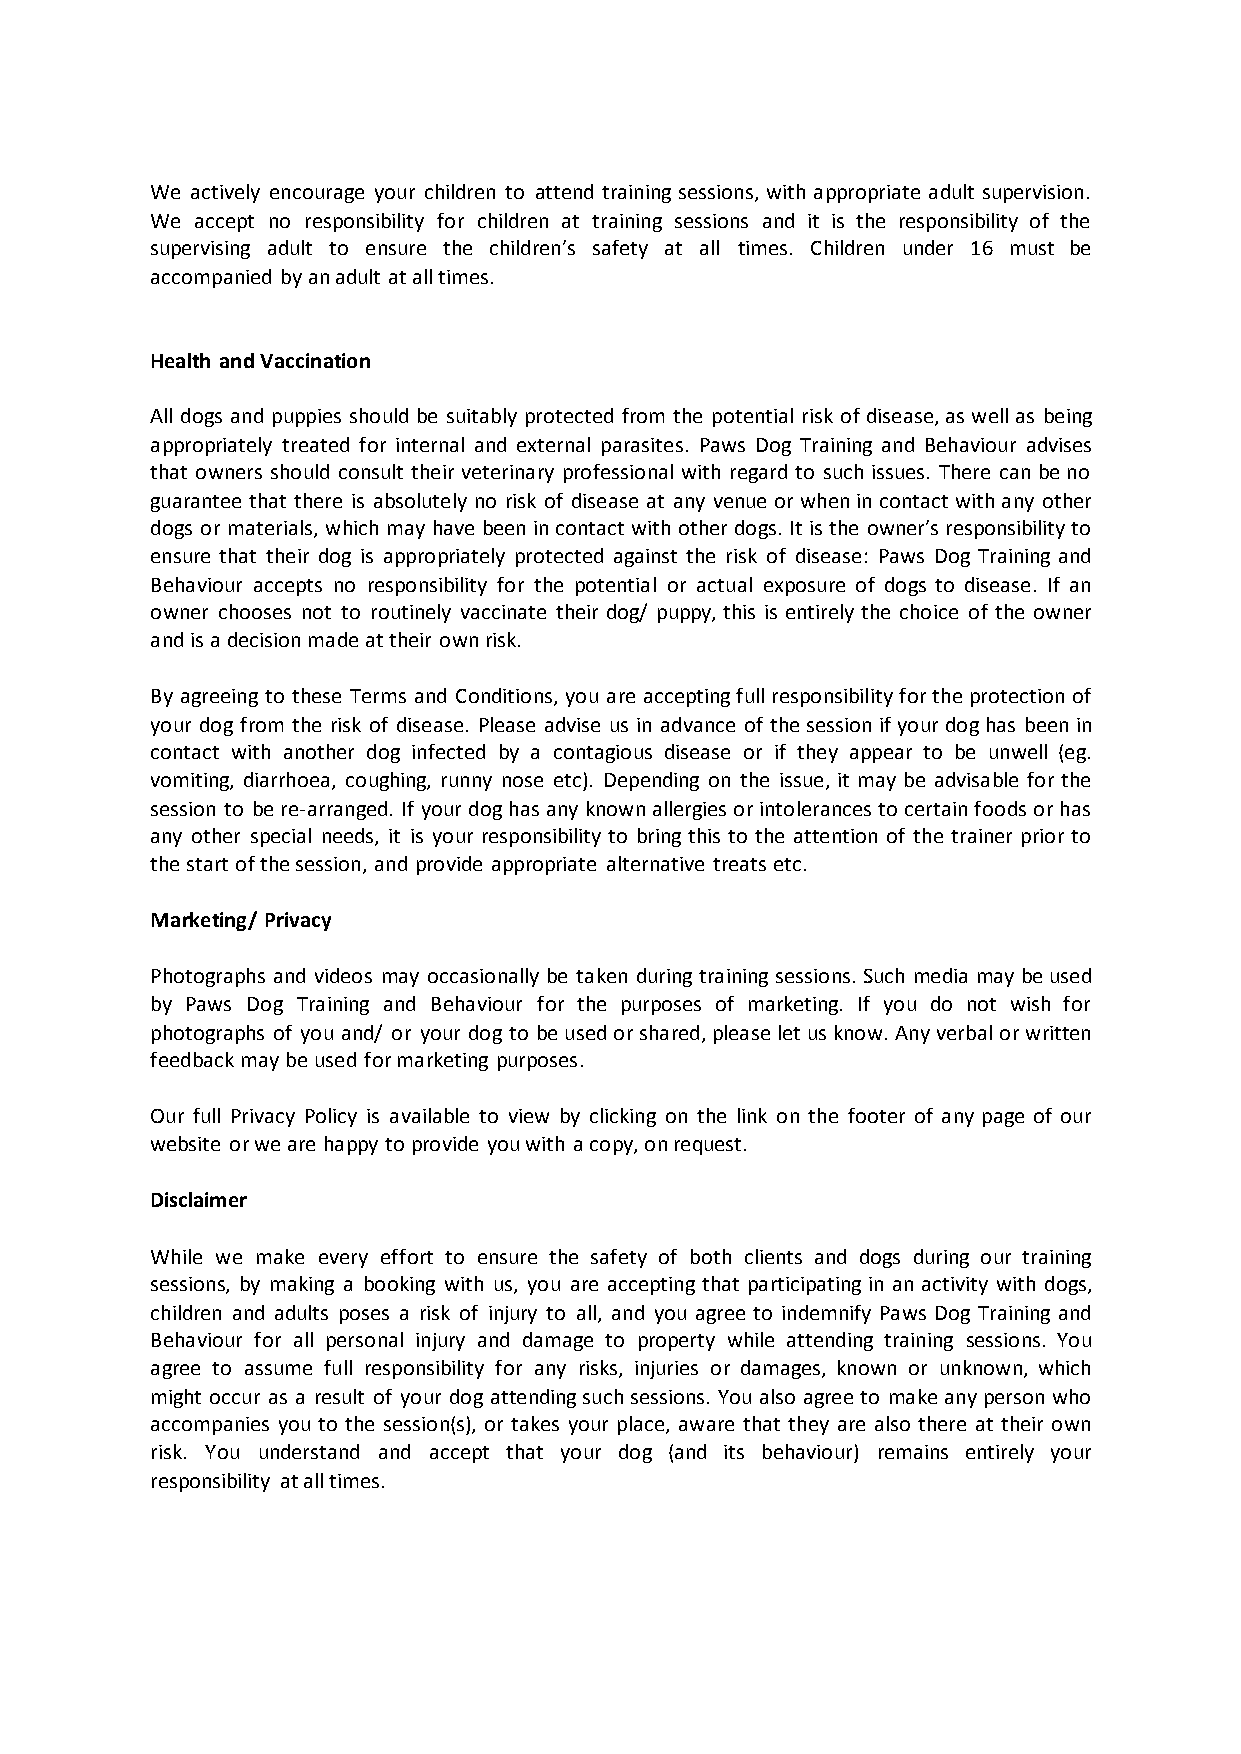
We actively encourage your children to attend training sessions, with appropriate adult supervision.
 We accept no responsibility for children at training sessions and it is the responsibility of the
 supervising adult to ensure the children’s safety at all times. Children under 16 must be
 accompanied by an adult at all times.
 Health and Vaccination
 All dogs and puppies should be suitably protected from the potential risk of disease, as well as being
 appropriately treated for internal and external parasites. Paws Dog Training and Behaviour advises
 that owners should consult their veterinary professional with regard to such issues. There can be no
 guarantee that there is absolutely no risk of disease at any venue or when in contact with any other
 dogs or materials, which may have been in contact with other dogs. It is the owner’s responsibility to
 ensure that their dog is appropriately protected against the risk of disease: Paws Dog Training and
 Behaviour accepts no responsibility for the potential or actual exposure of dogs to disease. If an
 owner chooses not to routinely vaccinate their dog/ puppy, this is entirely the choice of the owner
 and is a decision made at their own risk.
 By agreeing to these Terms and Conditions, you are accepting full responsibility for the protection of
 your dog from the risk of disease. Please advise us in advance of the session if your dog has been in
 contact with another dog infected by a contagious disease or if they appear to be unwell (eg.
 vomiting, diarrhoea, coughing, runny nose etc). Depending on the issue, it may be advisable for the
 session to be re-arranged. If your dog has any known allergies or intolerances to certain foods or has
 any other special needs, it is your responsibility to bring this to the attention of the trainer prior to
 the start of the session, and provide appropriate alternative treats etc.
 Marketing/ Privacy
 Photographs and videos may occasionally be taken during training sessions. Such media may be used
 by Paws Dog Training and Behaviour for the purposes of marketing. If you do not wish for
 photographs of you and/ or your dog to be used or shared, please let us know. Any verbal or written
 feedback may be used for marketing purposes.
 Our full Privacy Policy is available to view by clicking on the link on the footer of any page of our
 website or we are happy to provide you with a copy, on request.
 Disclaimer
 While we make every effort to ensure the safety of both clients and dogs during our training
 sessions, by making a booking with us, you are accepting that participating in an activity with dogs,
 children and adults poses a risk of injury to all, and you agree to indemnify Paws Dog Training and
 Behaviour for all personal injury and damage to property while attending training sessions. You
 agree to assume full responsibility for any risks, injuries or damages, known or unknown, which
 might occur as a result of your dog attending such sessions. You also agree to make any person who
 accompanies you to the session(s), or takes your place, aware that they are also there at their own
 risk. You understand and accept that your dog (and its behaviour) remains entirely your
 responsibility at all times.